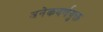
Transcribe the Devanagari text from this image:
अनेकवर्णयुक्त